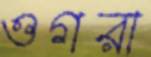
ওগরা